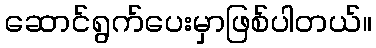
ဆောင်ရွက်ပေးမှာဖြစ်ပါတယ်။